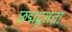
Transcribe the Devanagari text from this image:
छद्मद्रुतता